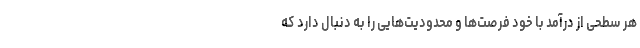
هر سطحی از درآمد با خود فرصت‌ها و محدودیت‌هایی را به دنبال دارد که